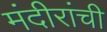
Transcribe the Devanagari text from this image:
मंदीरांची